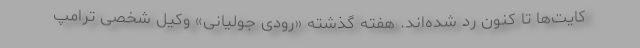
کایت‌ها تا کنون رد شده‌اند. هفته گذشته «رودی جولیانی» وکیل شخصی ترامپ